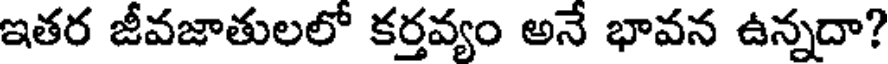
ఇతర జీవజాతులలో కర్తవ్యం అనే భావన ఉన్నదా?